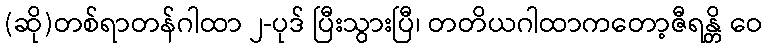
(ဆို)တစ်ရာတန်ဂါထာ ၂-ပုဒ် ပြီးသွားပြီ၊ တတိယဂါထာကတော့ဇီရန္တိ ဝေ